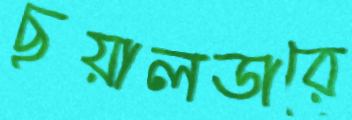
ছুয়ালডারে